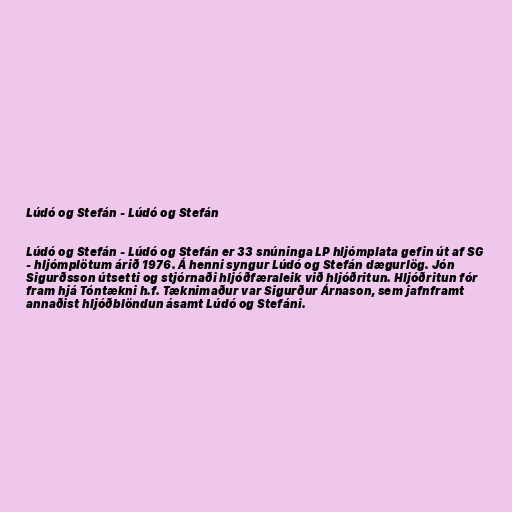
Lúdó og Stefán - Lúdó og Stefán

Lúdó og Stefán - Lúdó og Stefán er 33 snúninga LP hljómplata gefin út af SG
- hljómplötum árið 1976. Á henni syngur Lúdó og Stefán dægurlög. Jón
Sigurðsson útsetti og stjórnaði hljóðfæraleik við hljóðritun. Hljóðritun fór
fram hjá Tóntækni h.f. Tæknimaður var Sigurður Árnason, sem jafnframt
annaðist hljóðblöndun ásamt Lúdó og Stefáni.